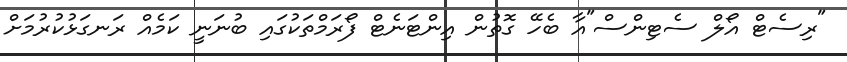
"ރިސެޓް އޯލް ސެޓިންސް"އާ ބެހޭ ގޮތުން އިންޓަނެޓް ފޯރަމްތަކުގައި ބުނަނީ ކަމެއް ރަނގަޅުކުރުމަށް